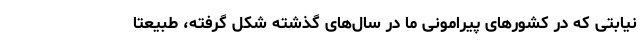
نیابتی که در کشور‌های پیرامونی ما در سال‌های گذشته شکل گرفته، طبیعتا